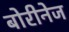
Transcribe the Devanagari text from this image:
बोरीनेज